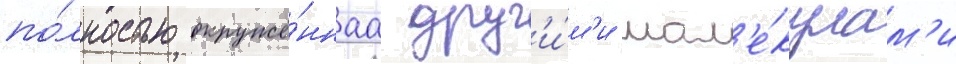
по́лностью окружё́ннаа друг'и́м'и мол'е́кулам'и